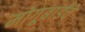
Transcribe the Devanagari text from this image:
मोगूबाईंचे